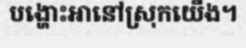
បង្ហោះអានៅស្រុកយើង។